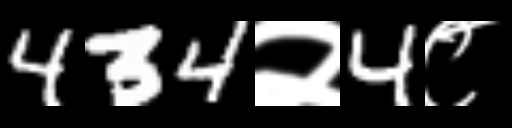
Text: 434२4८